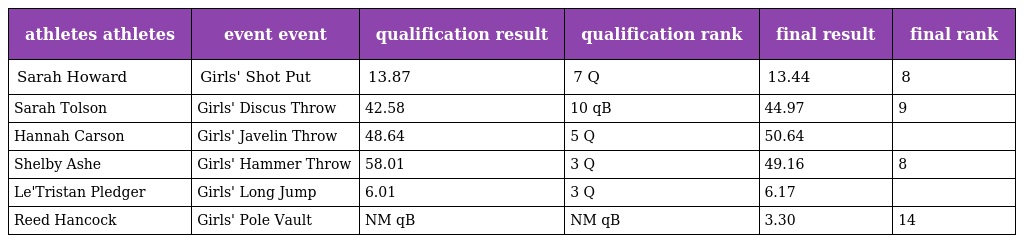
| athletes athletes | event event | qualification result | qualification rank | final result | final rank |
 | --- | --- | --- | --- | --- | --- |
 | Sarah Howard | Girls' Shot Put | 13.87 | 7 Q | 13.44 | 8 |
 | Sarah Tolson | Girls' Discus Throw | 42.58 | 10 qB | 44.97 | 9 |
 | Hannah Carson | Girls' Javelin Throw | 48.64 | 5 Q | 50.64 |  |
 | Shelby Ashe | Girls' Hammer Throw | 58.01 | 3 Q | 49.16 | 8 |
 | Le'Tristan Pledger | Girls' Long Jump | 6.01 | 3 Q | 6.17 |  |
 | Reed Hancock | Girls' Pole Vault | NM qB | NM qB | 3.30 | 14 |